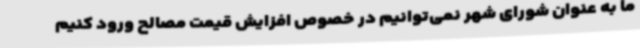
ما به عنوان شورای شهر نمی‌توانیم در خصوص افزایش قیمت مصالح ورود کنیم